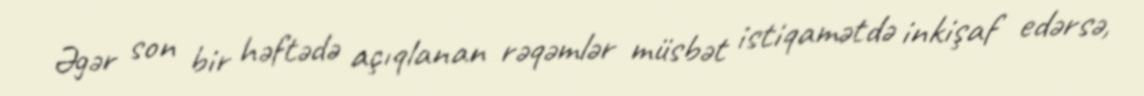
Əgər son bir həftədə açıqlanan rəqəmlər müsbət istiqamətdə inkişaf edərsə,